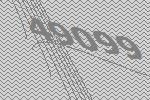
49099